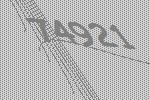
74921